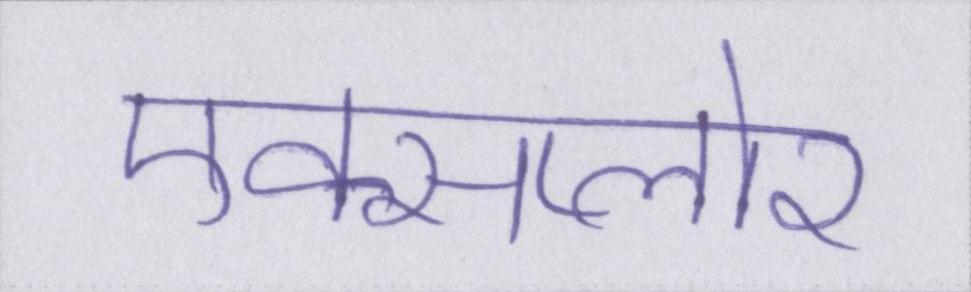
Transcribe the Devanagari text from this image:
एक्सप्लोर